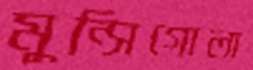
মুন্সিগোলা